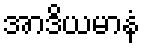
အာဒိယမာနံ